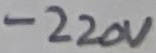
Text: -220V